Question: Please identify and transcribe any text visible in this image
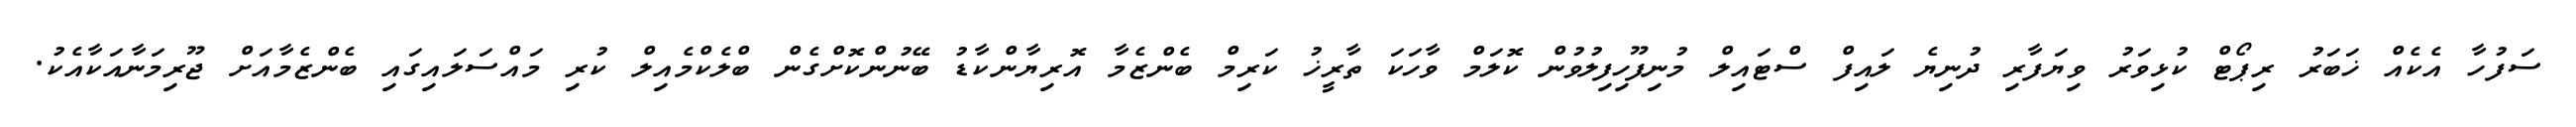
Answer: ސަފުހާ އެކެއް ޚަބަރު ރިޕޯޓް ކުޅިވަރު ވިޔަފާރި ދުނިޔެ ލައިފް ސްޓައިލް މުނިފޫހިފިލުވުން ކޮލަމް ވާހަކަ ތާރީޚު ކަރިމް ބެންޒެމާ އޮރިޔާންކާޑު ބޭނުންކޮށްގެން ބްލެކްމެއިލް ކުރި މައްސަލައިގައި ބެންޒެމާއަށް ޖޫރިމަނާއަކާއެކު.